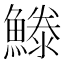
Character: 𩺭